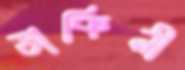
ডাকিনী